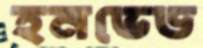
হনভেড